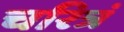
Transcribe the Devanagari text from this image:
चरित्रं